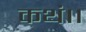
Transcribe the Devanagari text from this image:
कथं।।